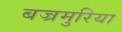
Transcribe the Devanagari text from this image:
बज्रमुरिया